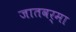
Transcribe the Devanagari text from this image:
जातवर्मा